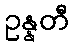
ဥန္နတီ